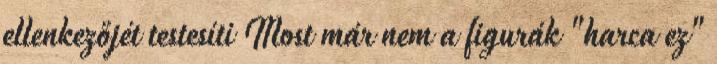
ellenkezőjét testesíti Most már nem a figurák "harca ez"